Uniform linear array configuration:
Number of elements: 48
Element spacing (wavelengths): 0.5
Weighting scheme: hann
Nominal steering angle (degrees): -45
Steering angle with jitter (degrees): -43.165
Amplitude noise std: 0.05
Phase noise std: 0.05

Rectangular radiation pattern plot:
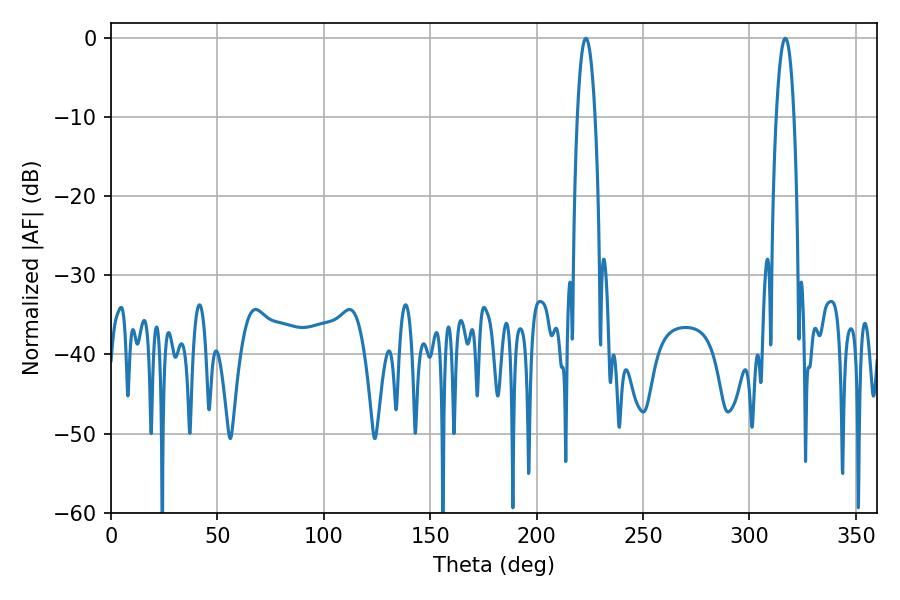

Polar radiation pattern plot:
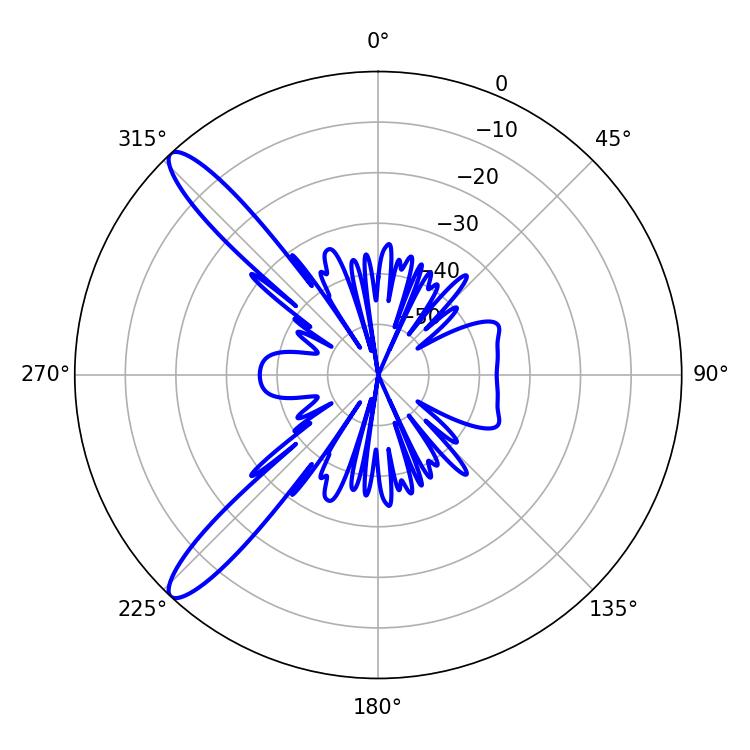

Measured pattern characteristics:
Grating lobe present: FALSE
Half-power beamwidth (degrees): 4.68
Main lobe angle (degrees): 316.8